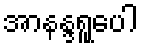
အာနန္ဒရူပေါ